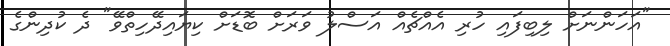
"އަހަންނަށް ލިބިފައި ހުރި އެއްޗެއް އަސްލު ވަރަށް ބޮޑަށް ކިޔައިދޭހިތްވޭ" ދެ ކުދިންގެ